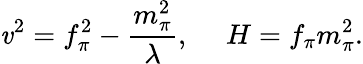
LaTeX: \mathit{v}^{2}=f_{\pi}^{2}-\frac{{m_{\pi}^{2}}}{{\lambda}},\ \ \ \ \ H=f_{\pi}m_{\pi}^{2}.